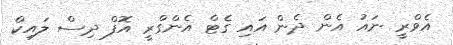
އެވްރީ ނައު އެން ދެން އައި ގެޓް އެެންގްރީ އޮފް ދިސް ލައިކް